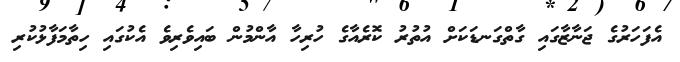
އެފަހަރުގެ ޖަނާޒާގައި ގާތްގަނޑަކަށް އުތުރު ކޮރެއާގެ ހުރިހާ އާންމުން ބައިވެރިވެ އެކުގައި ހިތާމަފާޅުކުރި